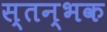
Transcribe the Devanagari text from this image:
स्तन्भक